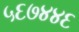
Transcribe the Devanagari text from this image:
५६७४४६